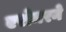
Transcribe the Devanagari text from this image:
एरोमरने